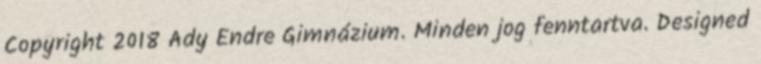
Copyright 2018 Ady Endre Gimnázium. Minden jog fenntartva. Designed